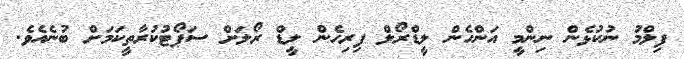
ފިލްމު ނުކުޅެން ނިންމީ އަންހެން ލީޑްރޯލް ފިރިހެން ލީޑް ރޯލަށް ސަޕޯޓުކުރާތީކަމަށް ބުނެއެވެ.